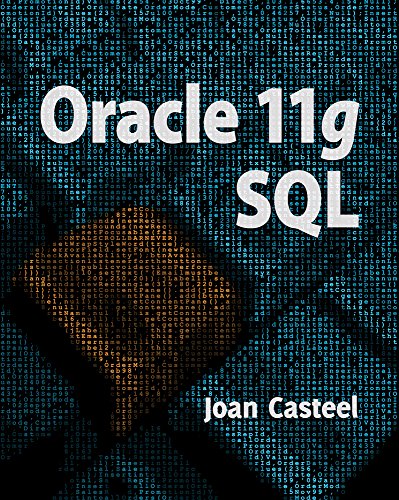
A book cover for Oracle 11G: SQL (Book Only); Joan Casteel; Computers & Technology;